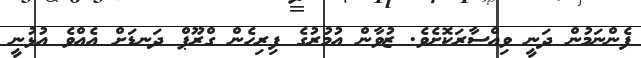
ފެންނަމުން ދަނީ ވިއްސާރަކޮށެވެ. ޒުވާން އުމުރުގެ ފިރިހެން ގްރޫޕް ދަނޑަށް އެއްވެ އުޅުނީ